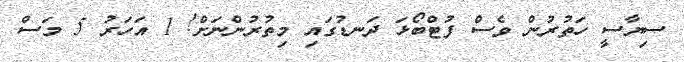
ސިޔާސީ ހަތުރުން ވެސް ފުޓްބޯޅަ ދަނޑުގައި މިތުރުންނަށް! 1 އަހަރު 5 މަސް